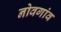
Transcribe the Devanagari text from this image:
नोवगांव